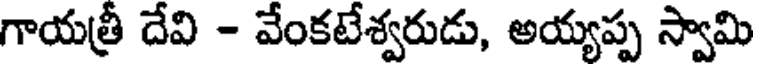
గాయత్రీ దేవి - వేంకటేశ్వరుడు, అయ్యప్ప స్వామి